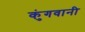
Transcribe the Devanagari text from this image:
कुंगवानी